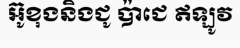
អ៊ូខុងនិងជូ ប៉ាជេ ឥឡូវ